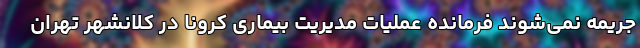
جریمه نمی‌شوند فرمانده عملیات مدیریت بیماری کرونا در کلانشهر تهران